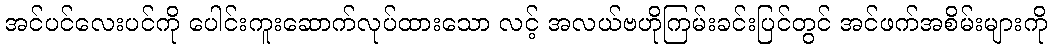
အင်ပင်လေးပင်ကို ပေါင်းကူးဆောက်လုပ်ထားသော လင့် အလယ်ဗဟိုကြမ်းခင်းပြင်တွင် အင်ဖက်အစိမ်းများကို